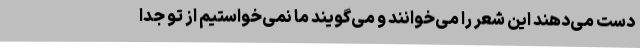
دست می‌دهند این شعر را می‌خوانند و می‌گویند ما نمی‌خواستیم از تو جدا